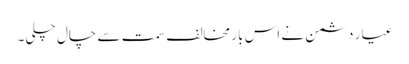
عیار دشمن نے اس بار مخالف سمت سے چال چلی۔